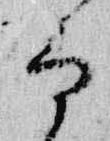
而